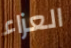
العزاء